Malarial fevers
Disease focus: Malaria
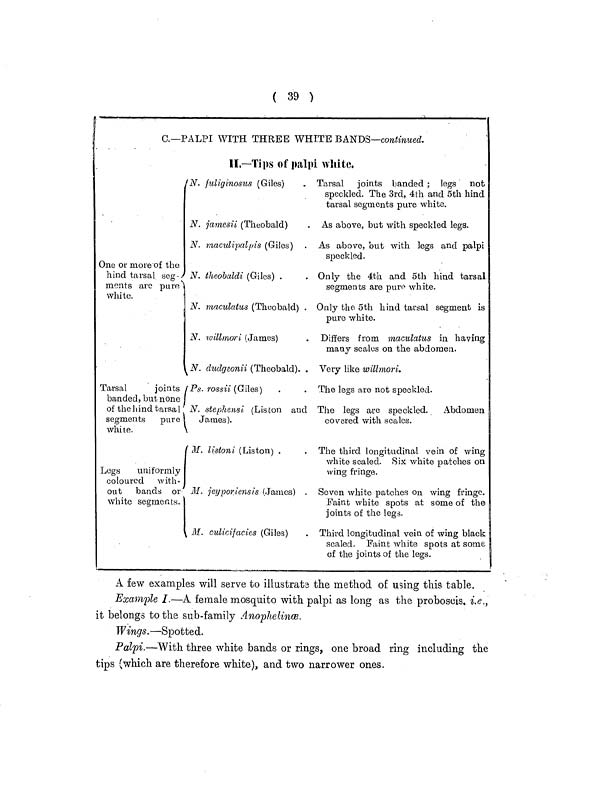
( 39 )
C.—PALPI WITH THREE WHITE BANDS—continued.
II.—Tips of palpi white.
One or more of the
hind tarsal seg-
ments are
pur
white.
Tarsal
joints
banded, but none
of the hind tarsal
segments pure
white.
Legs
uniformly
coloured with-
out bands or
white segments.
N. fuliginosus (Giles)
N. jamesii (Theobald)
N. maculipalpis (Giles)
N. theobaldi (Giles) .
N. maculatus (Theobald) .
N. willmori (James)
N. dudgeonii (Theobald). .
Ps. rossii (Giles)
N. Stephens!, (Lisbon and
James).
M . listoni (Liston) .
M. jeyporiensis (James) .
M. culicifacies (Giles)
Tarsal joints banded ; legs not
speckled. The 3rd, 4th and 5th hind
tarsal segments pure white.
As above, but with speckled legs.
As above, but with legs and palpi
speckled.
Only the 4th and 5th hind tarsal
segments are pure white.
Only the. 5th hind tarsal segment is
pure white.
Differs from maculatus in having
many scales on the abdomen.
Very like willmori.
The legs are not speckled.
The legs are speckled. Abdomen
covered with scales.
The third longitudinal vein of wing
white scaled. Six white patches on
wing fringe.
Seven white patches on wing fringe.
Faint white spots at some of the
joints of the legs.
Third longitudinal vein of wing black
scaled. Faint white spots at some
of the joints of the legs.
A few examples will serve to illustrata the method of using this table.
Example I.—A female mosquito with palpi as long as the proboscis, i.e.,
it belongs to the sub-family Anophelince.
Wings. —Spotted.
Palpi.—With three white bands or rings, one broad ring including the
tips (which are therefore white), and two narrower ones.